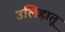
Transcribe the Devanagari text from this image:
उलिहातू